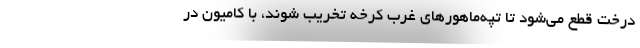
درخت قطع می‌شود تا تپه‌ماهورهای غرب کرخه تخریب شوند، با کامیون در